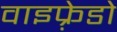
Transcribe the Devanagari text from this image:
वाइफ़्रेडो